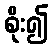
စိုး၍